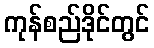
ကုန်စည်ဒိုင်တွင်